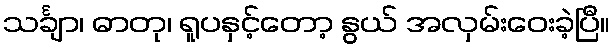
သင်္ချာ၊ ဓာတု၊ ရူပနှင့်တော့ နွယ် အလှမ်းဝေးခဲ့ပြီ။